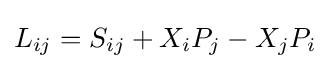
L_{ij}=S_{ij}+X_{i}P_{j}-X_{j}P_{i}